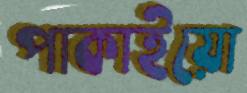
পাকাইয়ো